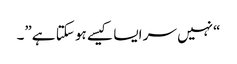
“نہیں سر ایسا کیسے ہو سکتا ہے”۔